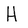
Character: H